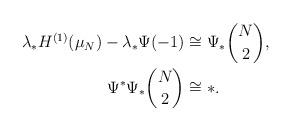
LaTeX: \begin{align*}\lambda_*H^{(1)}(\mu_N) - \lambda_*\Psi(-1) &\cong \Psi_*\binom{N}{2}, \\\Psi^*\Psi_*\binom{N}{2} &\cong *.\end{align*}